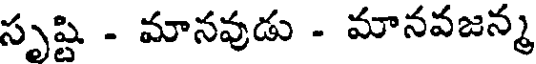
సృష్టి - మానవుడు - మానవజన్మ